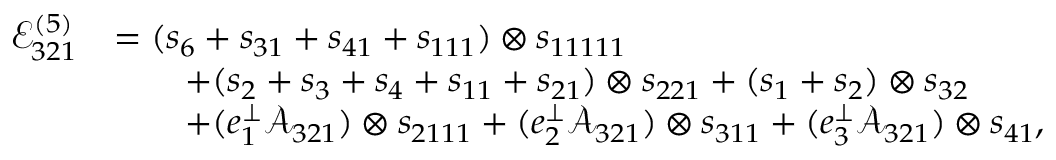
\begin{array} { r l } { \mathcal { E } _ { 3 2 1 } ^ { ( 5 ) } } & { = ( s _ { 6 } + s _ { 3 1 } + s _ { 4 1 } + s _ { 1 1 1 } ) \otimes s _ { 1 1 1 1 1 } } \\ & { \qquad + ( s _ { 2 } + s _ { 3 } + s _ { 4 } + s _ { 1 1 } + s _ { 2 1 } ) \otimes s _ { 2 2 1 } + ( s _ { 1 } + s _ { 2 } ) \otimes s _ { 3 2 } } \\ & { \qquad + ( e _ { 1 } ^ { \perp } \mathcal { A } _ { 3 2 1 } ) \otimes s _ { 2 1 1 1 } + ( e _ { 2 } ^ { \perp } \mathcal { A } _ { 3 2 1 } ) \otimes s _ { 3 1 1 } + ( e _ { 3 } ^ { \perp } \mathcal { A } _ { 3 2 1 } ) \otimes s _ { 4 1 } , } \end{array}